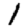
Digit: 1